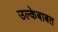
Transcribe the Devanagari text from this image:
उल्केबाबत